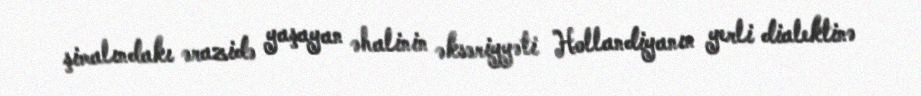
şimalındakı ərazidə yaşayan əhalinin əksəriyyəti Hollandiyanın yerli dialektinə